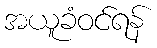
အယူခံဝင်ရန်